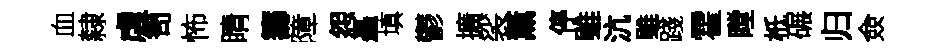
血隸虐笥怖睛籌障怨矗填鬱擴裟薰停雖沆雖踐霍瞠柢碾归僉